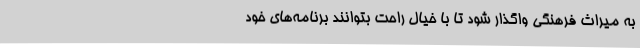
به میراث فرهنگی واگذار شود تا با خیال راحت بتوانند برنامه‌های خود